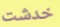
خدشت